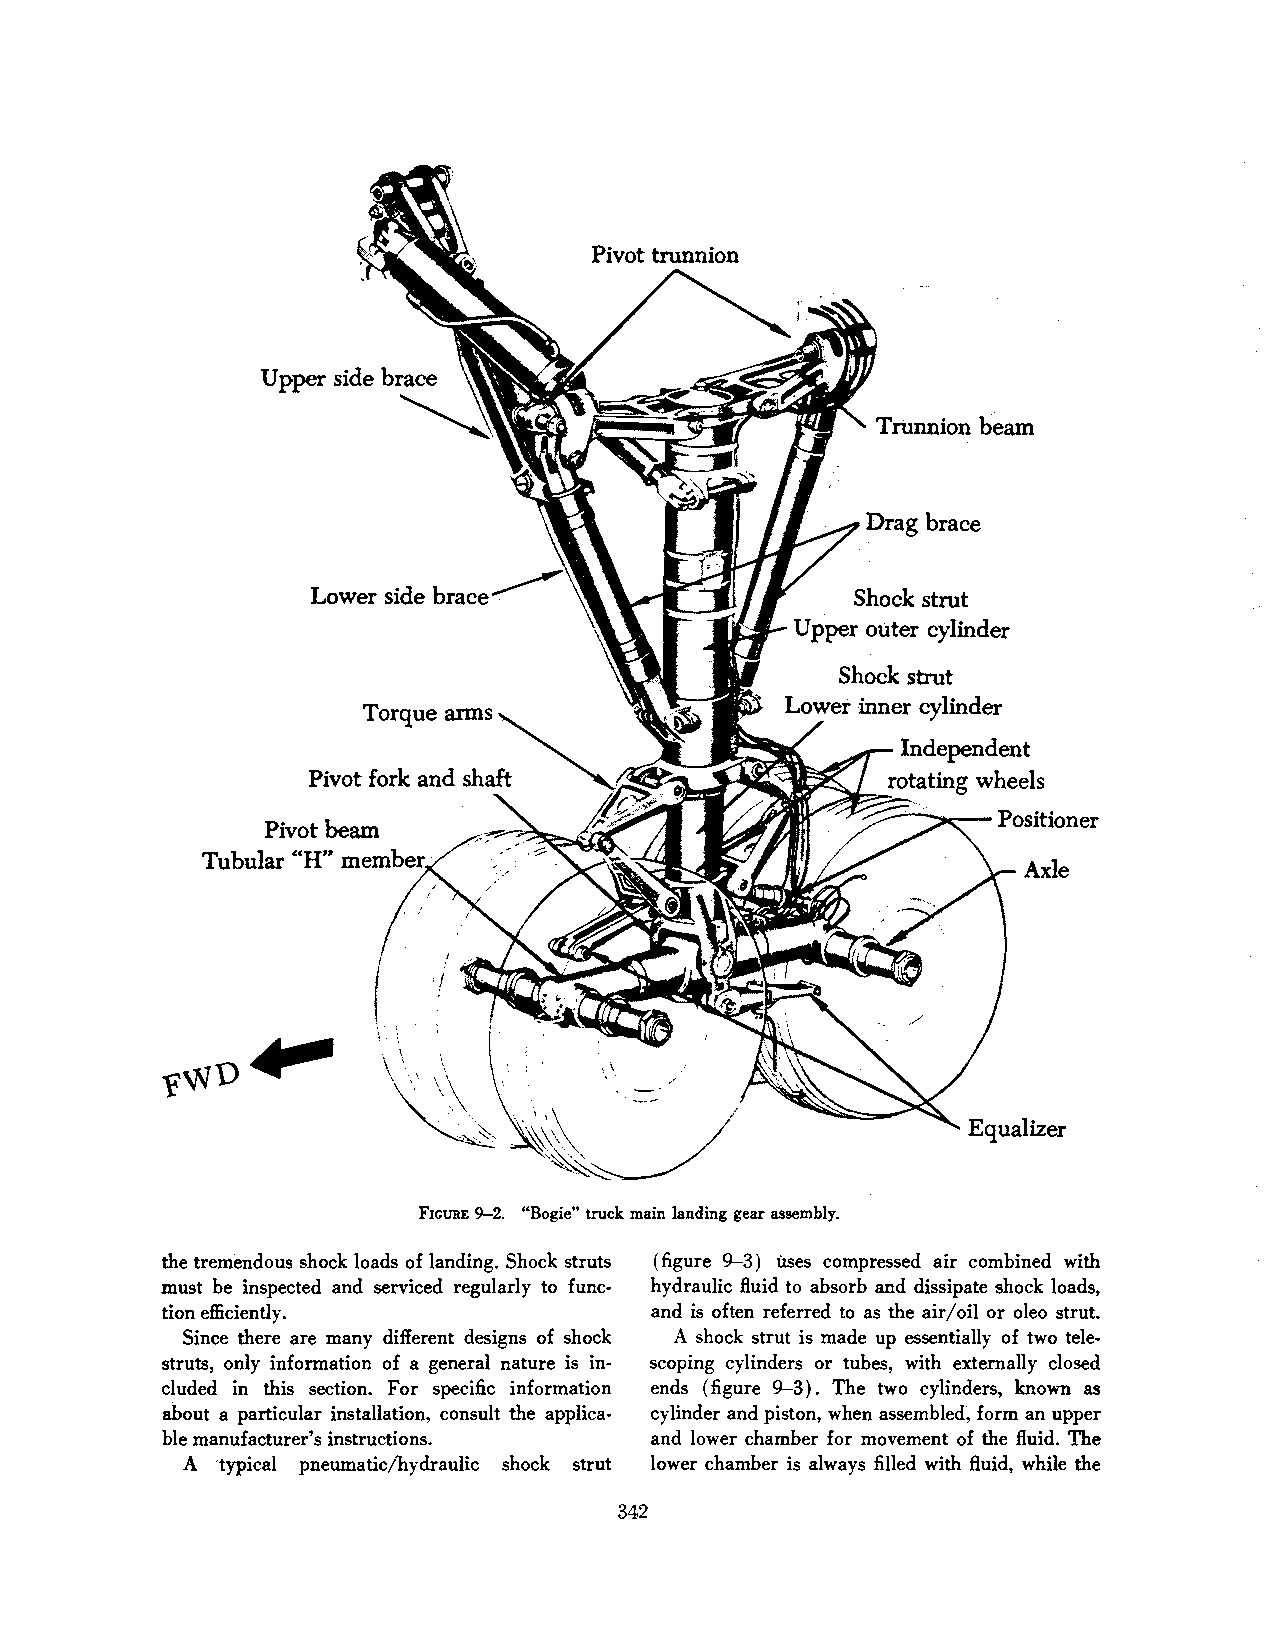
Trtmnion beam
 Lower side brace                    Shock strut
 Upper outer cylinder
 Shock strut
 Lower inner cylinder
 Independent
 rotating wheels
 _-,.:::::::::::-~.
 ----Positioner
 Pivot beam
 Tubular .. H'' member
 Axle
 F'ICURE 9-2. "Bogie" truck main landing gear assembly.
 the tremendous shock loads of landing. Shock struts (figure 9-3) uses compressed air combined with
 must be inspected and serviced regularly to func hydraulic fluid to absorb and dissipate shock loads,
 tion efficiently.               and is often referred to as the air/oil or oleo strut.
 Since there are many different designs of shock A shock strut is made up essentially of two tele
 struts, only information of a general nature is in scoping cylinders or tubes, with externally closed
 cluded in this section. For specific information ends (figure 9-3) . The two cylinders, known as
 about a particular installation, consult the applica cylinder and piston, when assembled; form an upper
 ble manufacturer's instructions. and lower chamber for movement of the fluid. The
 A  'typical pneumatic;bydraulic shock strut lower chamber is always filled with fluid, while the
 342